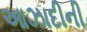
આઝાદીની